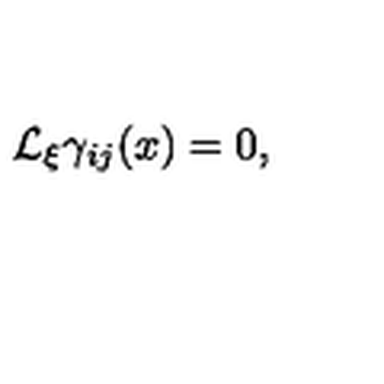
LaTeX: { \cal L } _ { \xi } \gamma _ { i j } ( x ) = 0 ,